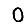
Digit: 0